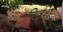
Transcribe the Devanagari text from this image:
निर्वश